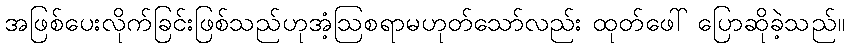
အဖြစ်ပေးလိုက်ခြင်းဖြစ်သည်ဟုအံ့ဩစရာမဟုတ်သော်လည်း ထုတ်ဖေါ် ပြောဆိုခဲ့သည်။